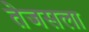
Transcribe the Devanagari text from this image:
तेजसला